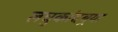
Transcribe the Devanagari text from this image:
लघुकांदबर्‍या